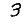
Digit: 3